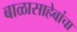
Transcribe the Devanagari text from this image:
बाळासाहेबांचा